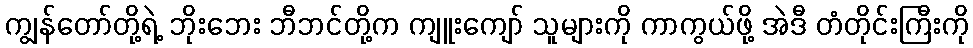
ကျွန်တော်တို့ရဲ့ ဘိုးဘေး ဘီဘင်တို့က ကျူးကျော် သူများကို ကာကွယ်ဖို့ အဲဒီ တံတိုင်းကြီးကို